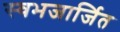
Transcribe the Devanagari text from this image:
स्वभजार्जित